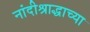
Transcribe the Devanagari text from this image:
नांदीश्राद्धाच्या